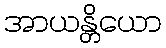
အာယန္တိယော